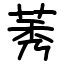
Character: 莠